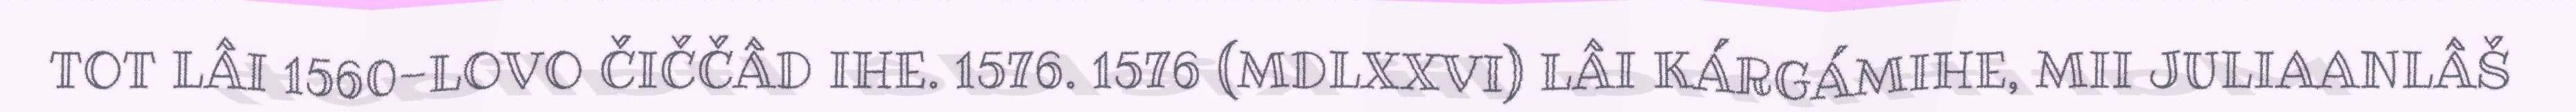
TOT LÂI 1560-LOVO ČIČČÂD IHE. 1576. 1576 (MDLXXVI) LÂI KÁRGÁMIHE, MII JULIAANLÂŠ